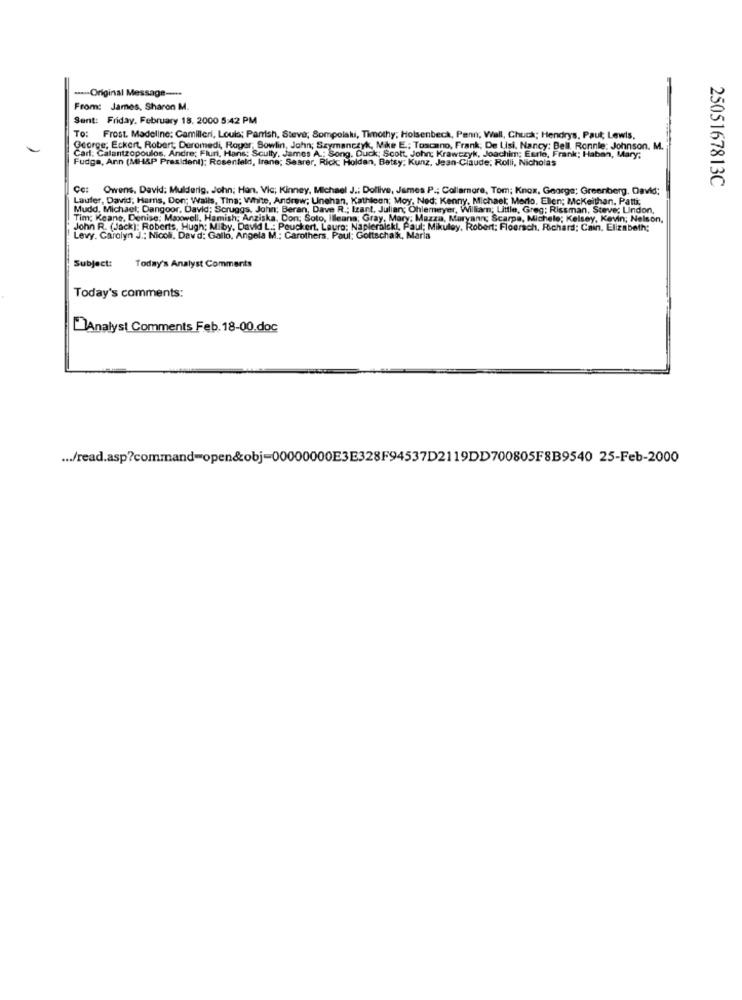
....- Original Message ---
From: James, Sharon M.
Sent: Friday, February 18, 2000 5:42 PM
To: Frost. Madeline: Camilleri, Louis; Parrish, Steve; Sompolski, Timothy; Holsenbeck, Penn, Wall, Chuck; Hendrys, Paul; Lewis,
George; Eckert, Robert, Deromedi, Roger, Bowlin, John; Szymanczyk, Mike E; Toscano, Frank; De Lisi, Nancy: Bell. Ronnie: Johnson. M.
Carl: Calantzopoulos, Andre; Fluni, Hans: Scully, James A .: Song. Duck: Scott, John; Krawczyk, Joachim; Esrlo, Frank; Haben, Mary;
Fudge, Ann (MHAP President): Rosenfeld, Irane; Sesrer, Rick Holdan, Betsy; Kunz, Jean-Claude; Rolli, Nicholas
2505167813C
Cet
Owens, David: Mulderig, John; Han. Vic; Kinney, Michael J .: Dollive, James P .; Callamare, Tom; Knox, George; Greenberg, David;
Laufer, David; Harris, Don; Walls, Tina; White, Andrew; Unehan, Kathleen; Moy, Ned: Kenny, Michael; Merlo. Ellen; Mckeithan, Patti;
Mudd, Michael; Dangoor, David; Scruggs, John; Beran, Dave R .; Izant, Julian; Ohlemeyer, William; Little, Greg; Rissman, Steve; Undon,
Tim; Keane, Denise: Maxwell, Hamish; Anziska, Don; Soto, Ileana; Gray, Mary; Mazza, Maryann; Scarpa, Michele; Kelsey, Kevin; Nelson,
John R. (Jack): Roberts, Hugh; Miby, David L .: Peuckert, Lauro; Napleralskl, Paul; Mikuley, Robert; Floersch, Richard; Cain. Elizabeth;
Levy. Carolyn J .: Nicoli, Davd: Gallo, Angela M .: Carothers. Paul; Gottschalk, Maria
Subject:
Today's Analyst Comments
Today's comments:
Analyst Comments Feb. 18-00.doc
... /read.asp?command=open&obj-00000000E3E328F94537D2119DD700805F8B9540 25-Feb-2000